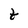
Character: t